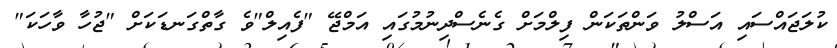
ކުލަޖައްސައި އަސްލު ވަންތަކަން ފިލްމަށް ގެނެސްދިނުމުގައި އަމްޖޭ "ފެއިލް"ވެ ގާތްގަނޑަކަށް "ޖުހާ ވާހަކަ"